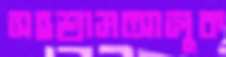
সহশ্রামআলুক